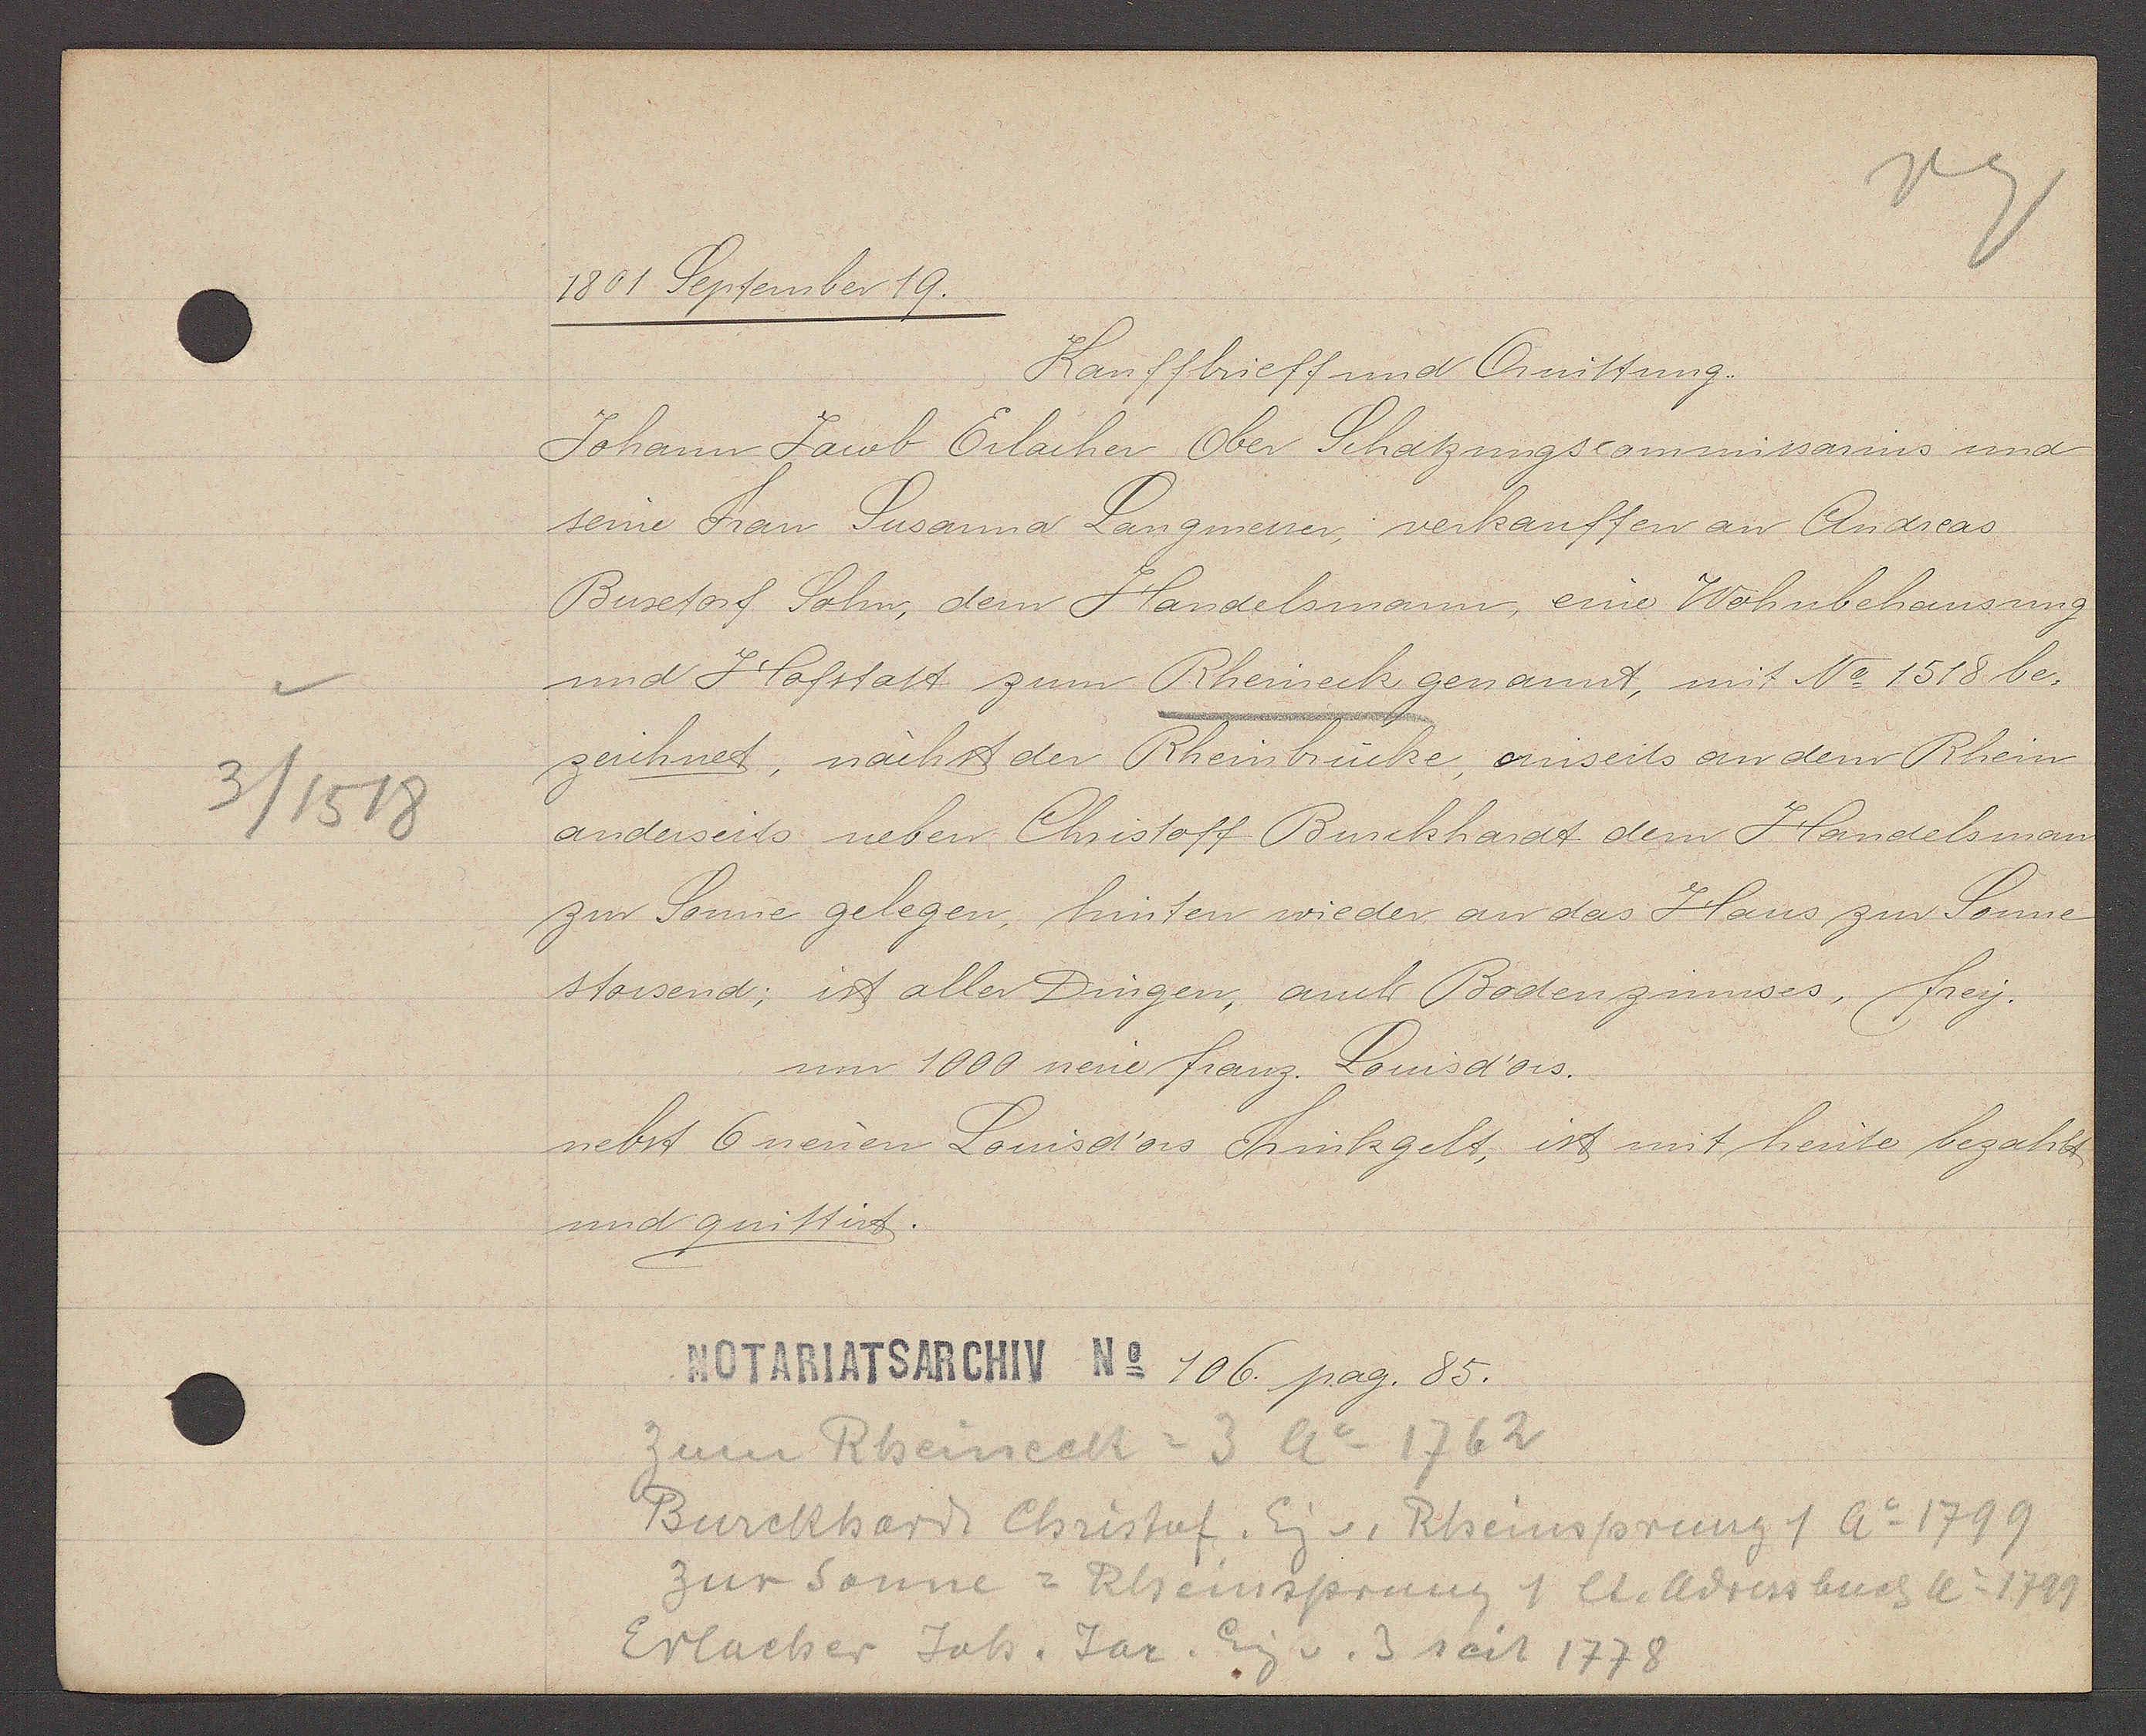
Transcript:
3 / 1518

1801 September 19.
Kauffbrieff und Quittung.
Johann Jacob Erlacher Ober Schatzungscommissarius und
seine Frau Susanna Langmesser verkauffen an Andreas
Buxtorf Sohn, dem Handelsmann eine Wohnbehausung
und Hofstatt zum Rheineck genannt, mit No 1518 be-
zeichnet, nächst der Rheinbrücke, einseits an dem Rhein
anderseits neben Christoff Burckhardt dem Handelsman
zur Sonne gelegen, hinten wieder an das Haus zur Sonne
stossend; ist aller Dingen, auch Bodenzinnses, frey.
um 100 neüe franz. Louisd'ors.
nebst 6 neüen Louisd'ors Trinkgelt, ist mit heüte bezahlt
und quittirt
106. pag. 85.
Zum Rheineck = 3 Ao 1762
Burckhardt Christof. Eig v. Rheinsprung 1 Ao 1799
Zur Sonne = Rheinsprung 1 lt. Adressbuch Ao 1799
Erlacher Joh. Jac. Eig v. 3 seit 1778